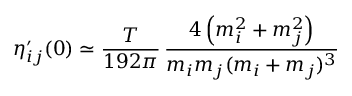
\eta _ { i j } ^ { \prime } ( 0 ) \simeq { \frac { T } { 1 9 2 \pi } } \, { \frac { 4 \left( m _ { i } ^ { 2 } + m _ { j } ^ { 2 } \right) } { m _ { i } m _ { j } ( m _ { i } + m _ { j } ) ^ { 3 } } }